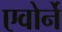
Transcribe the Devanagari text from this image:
एवोर्ने